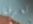
تعرفنا